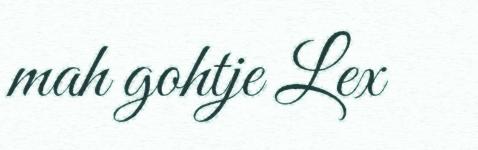
mah gohtje Lex